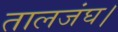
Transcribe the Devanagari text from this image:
तालजंघ।